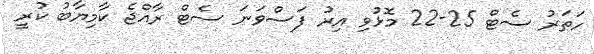
ހަތަރު ސެޓް 25-22 މޮޅުވި އިރު ފަސްވަނަ ސެޓް ރާއްޖެ ކާމިޔާބު ކުރީ